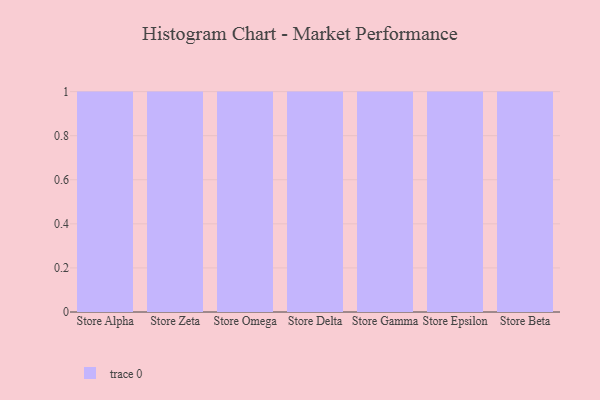
{"axis": {"x": "Store", "y": "Website Visitors"}, "legend": [""], "data": [{"x": "Store Alpha", "y": 85, "type": ""}, {"x": "Store Zeta", "y": 6, "type": ""}, {"x": "Store Omega", "y": 84, "type": ""}, {"x": "Store Delta", "y": 68, "type": ""}, {"x": "Store Gamma", "y": 20, "type": ""}, {"x": "Store Epsilon", "y": 9, "type": ""}, {"x": "Store Beta", "y": 14, "type": ""}]}